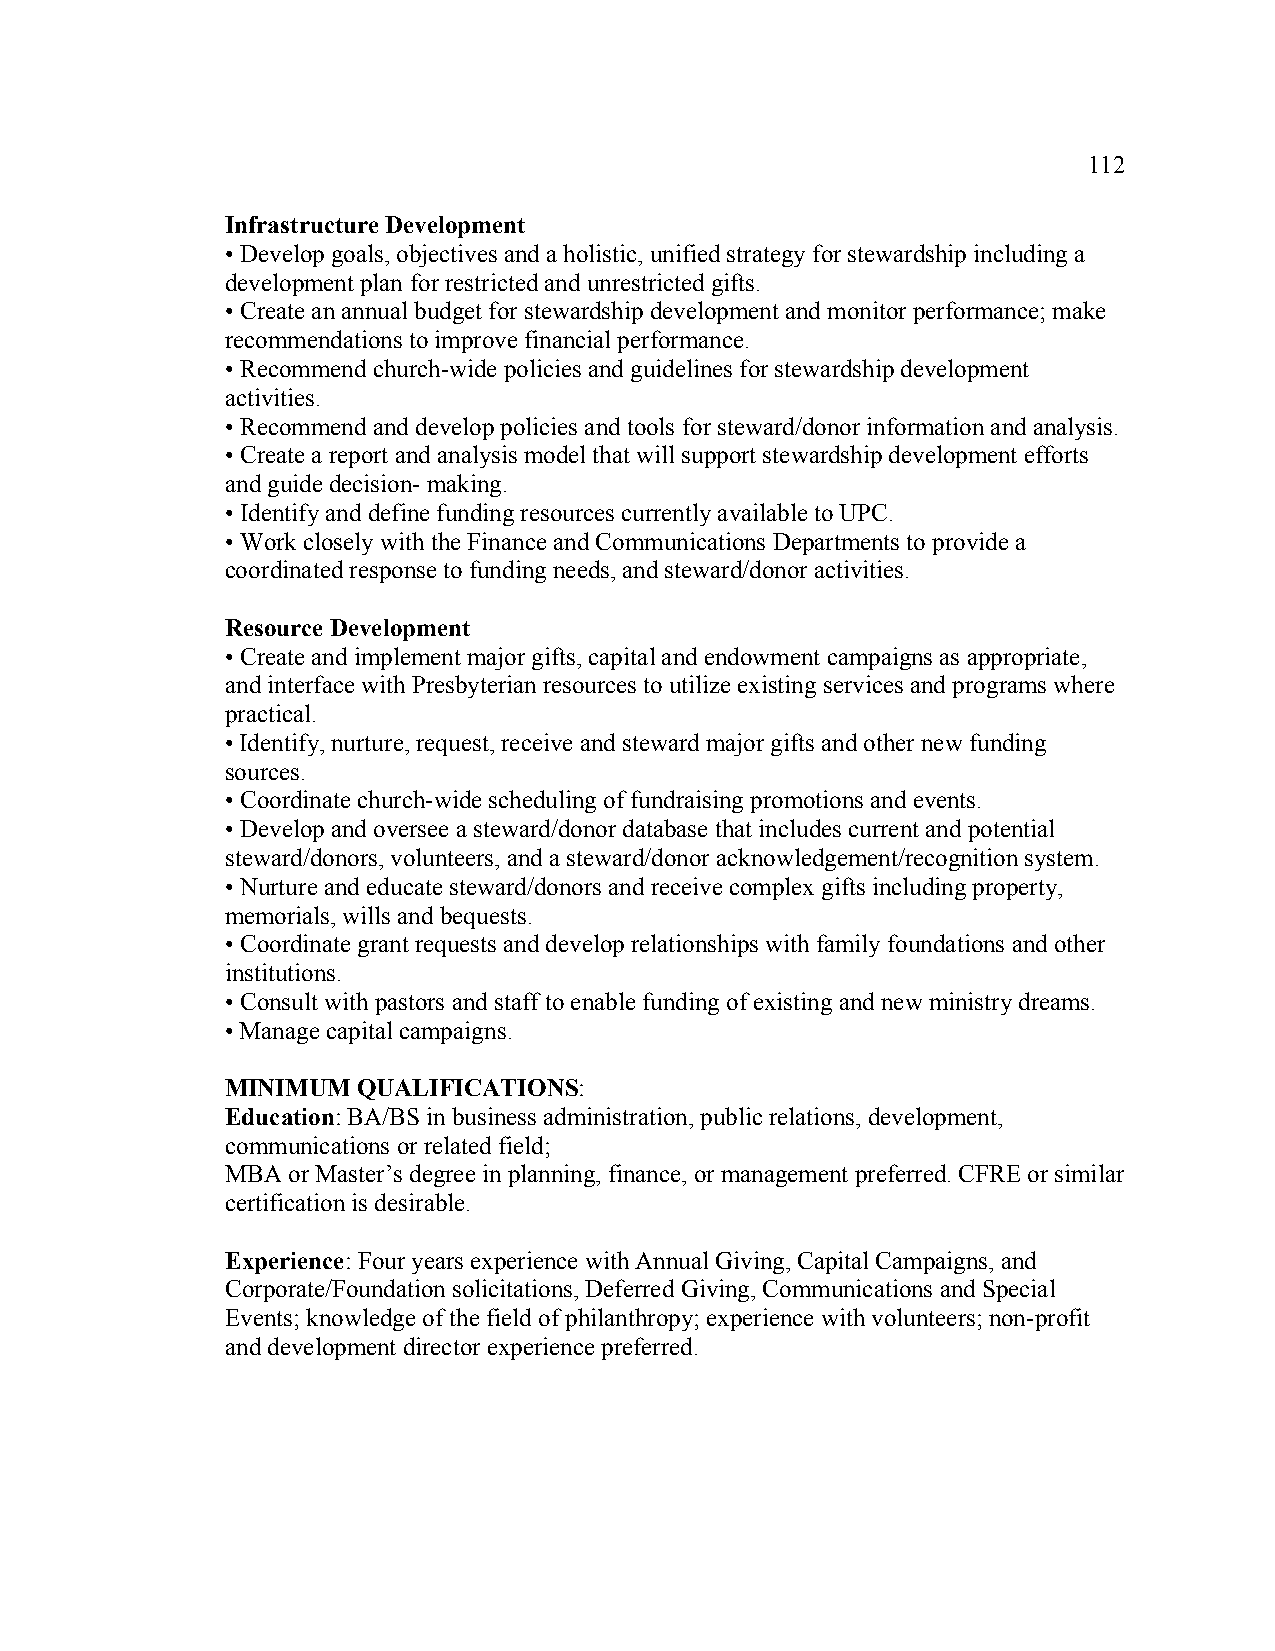
112
 Infrastructure Development
 • Develop goals, objectives and a holistic, unified strategy for stewardship including a
 development plan for restricted and unrestricted gifts.
 • Create an annual budget for stewardship development and monitor performance; make
 recommendations to improve financial performance.
 • Recommend church-wide policies and guidelines for stewardship development
 activities.
 • Recommend and develop policies and tools for steward/donor information and analysis.
 • Create a report and analysis model that will support stewardship development efforts
 and guide decision- making.
 • Identify and define funding resources currently available to UPC.
 • Work closely with the Finance and Communications Departments to provide a
 coordinated response to funding needs, and steward/donor activities.
 Resource Development
 • Create and implement major gifts, capital and endowment campaigns as appropriate,
 and interface with Presbyterian resources to utilize existing services and programs where
 practical.
 • Identify, nurture, request, receive and steward major gifts and other new funding
 sources.
 • Coordinate church-wide scheduling of fundraising promotions and events.
 • Develop and oversee a steward/donor database that includes current and potential
 steward/donors, volunteers, and a steward/donor acknowledgement/recognition system.
 • Nurture and educate steward/donors and receive complex gifts including property,
 memorials, wills and bequests.
 • Coordinate grant requests and develop relationships with family foundations and other
 institutions.
 • Consult with pastors and staff to enable funding of existing and new ministry dreams.
 • Manage capital campaigns.
 MINIMUM  QUALIFICATIONS:
 Education: BA/BS in business administration, public relations, development,
 communications or related field;
 MBA or Master’s degree in planning, finance, or management preferred. CFRE or similar
 certification is desirable.
 Experience: Four years experience with Annual Giving, Capital Campaigns, and
 Corporate/Foundation solicitations, Deferred Giving, Communications and Special
 Events; knowledge of the field of philanthropy; experience with volunteers; non-profit
 and development director experience preferred.